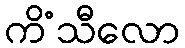
ကိံသီလော